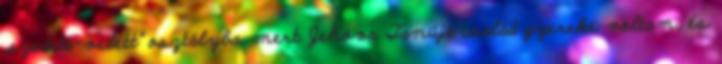
„szedett-vedett” osztályba, mert Jehova Tanúja család gyereke voltam, és